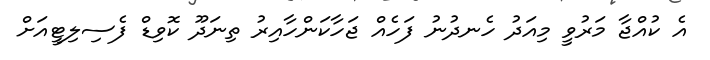
އެ ކުއްޖާ މަރުވީ މިއަދު ހެނދުނު ފަހެއް ޖަހާކަންހާއިރު ތިނަދޫ ކޮވިޑް ފެސިލިޓީއަށް